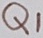
Text: Q1